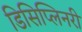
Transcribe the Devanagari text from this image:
डिसिप्लिनरी